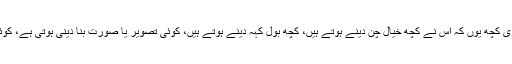
آرٹسٹ بنایا نہیں جا سکتا، اس کی تاروپود اور کیمسٹری کچھ یوں کہ اس نے کچھ خیال چُن دینے ہوتے ہیں، کچھ بول کہہ دینے ہوتے ہیں، کوئی تصویر یا صورت بنا دینی ہوتی ہے، کوئی رنگ بھر دینا ہوتا ہے، کوئی سُر نکال لینا ہوتا ہے۔